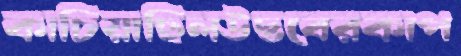
কাচিয়াছিলউদ্ভবেরকাপ